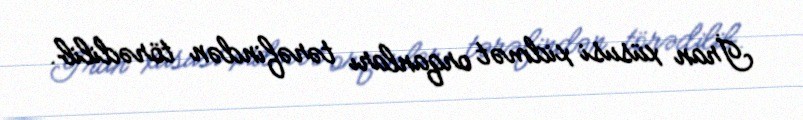
İran xüsusi xidmət orqanları tərəfindən törədilib.